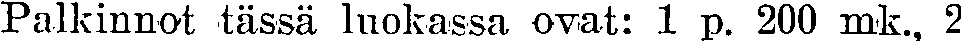
Palkinnot tässä luokassa ovat: 1 p. 200 mk., 2